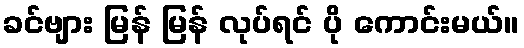
ခင်ဗျား မြန် မြန် လုပ်ရင် ပို ကောင်းမယ်။